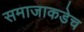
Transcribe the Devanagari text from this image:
समाजाकडेच